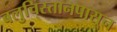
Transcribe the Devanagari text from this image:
बलुचिस्तानपासून